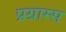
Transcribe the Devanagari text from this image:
प्रग्राम्स